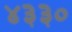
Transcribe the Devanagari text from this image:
४३३०